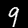
Label: 9